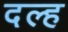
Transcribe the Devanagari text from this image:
दल्ह